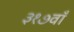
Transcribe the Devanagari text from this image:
३१७वाँ